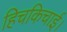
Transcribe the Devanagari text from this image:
हिचकिचाई।